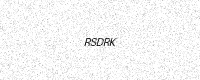
Text: RSDRK